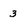
Character: 3